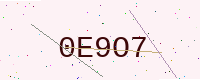
Text: 0E9O7